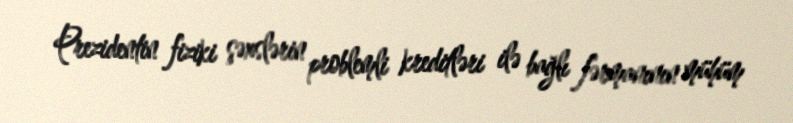
Prezidentin fiziki şəxslərin problemli kreditləri ilə bağlı fərmanının mühüm